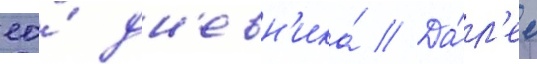
ео́ дн'евн'ика́ // Да́л'ее